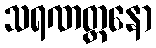
သရဏတ္တနော